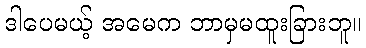
ဒါပေမယ့် အမေက ဘာမှမထူးခြားဘူ။